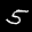
Label: 5